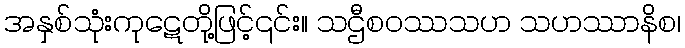
အနှစ်သုံးကုဋေတို့ဖြင့်၎င်း။ သဌီစဝဿသဟ သဟဿာနိစ၊